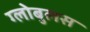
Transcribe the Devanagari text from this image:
ग्लोबुलस